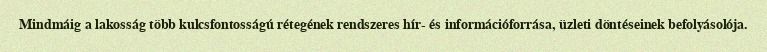
Mindmáig a lakosság több kulcsfontosságú rétegének rendszeres hír- és információforrása, üzleti döntéseinek befolyásolója.